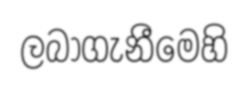
ලබාගැනීමෙහි